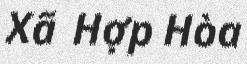
Xã Hợp Hòa